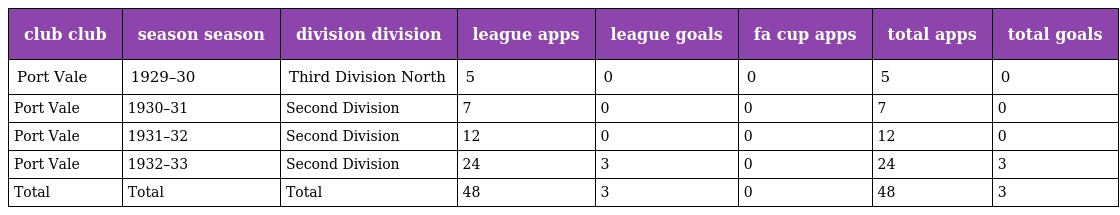
| club club | season season | division division | league apps | league goals | fa cup apps | total apps | total goals |
 | --- | --- | --- | --- | --- | --- | --- | --- |
 | Port Vale | 1929–30 | Third Division North | 5 | 0 | 0 | 5 | 0 |
 | Port Vale | 1930–31 | Second Division | 7 | 0 | 0 | 7 | 0 |
 | Port Vale | 1931–32 | Second Division | 12 | 0 | 0 | 12 | 0 |
 | Port Vale | 1932–33 | Second Division | 24 | 3 | 0 | 24 | 3 |
 | Total | Total | Total | 48 | 3 | 0 | 48 | 3 |